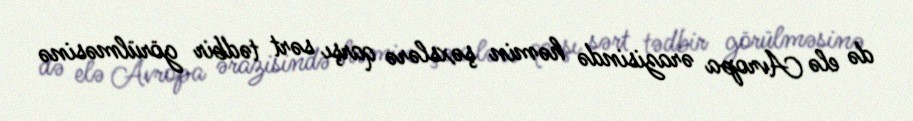
də elə Avropa ərazisində həmin şəxslərə qarşı sərt tədbir görülməsinə